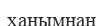
ханымнан